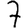
Digit: 7